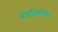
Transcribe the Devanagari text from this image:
स्टेटयूनिवर्सिटी